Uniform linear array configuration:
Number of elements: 48
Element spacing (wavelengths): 0.25
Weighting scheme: exponential
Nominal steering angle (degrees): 60
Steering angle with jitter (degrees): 61.05
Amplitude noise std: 0.05
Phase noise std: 0.05

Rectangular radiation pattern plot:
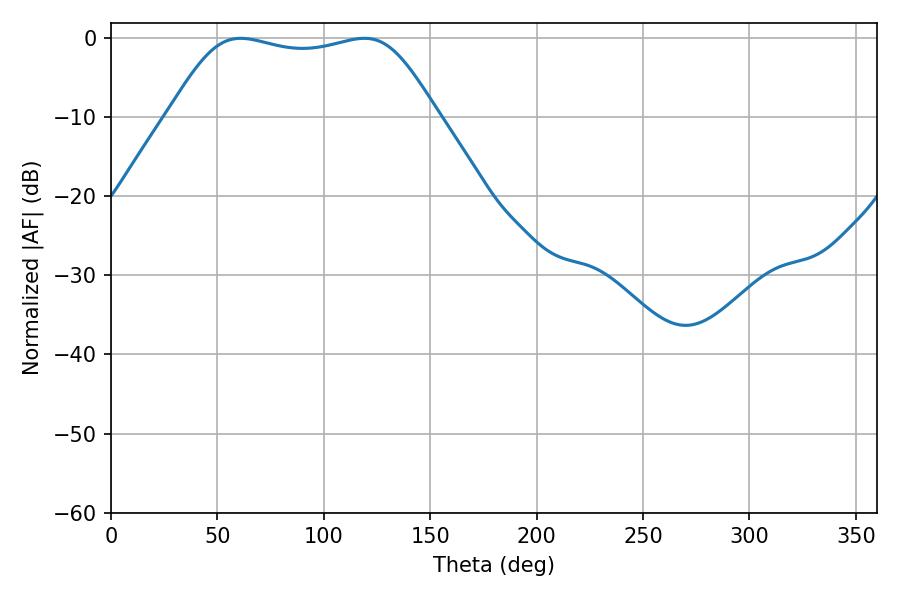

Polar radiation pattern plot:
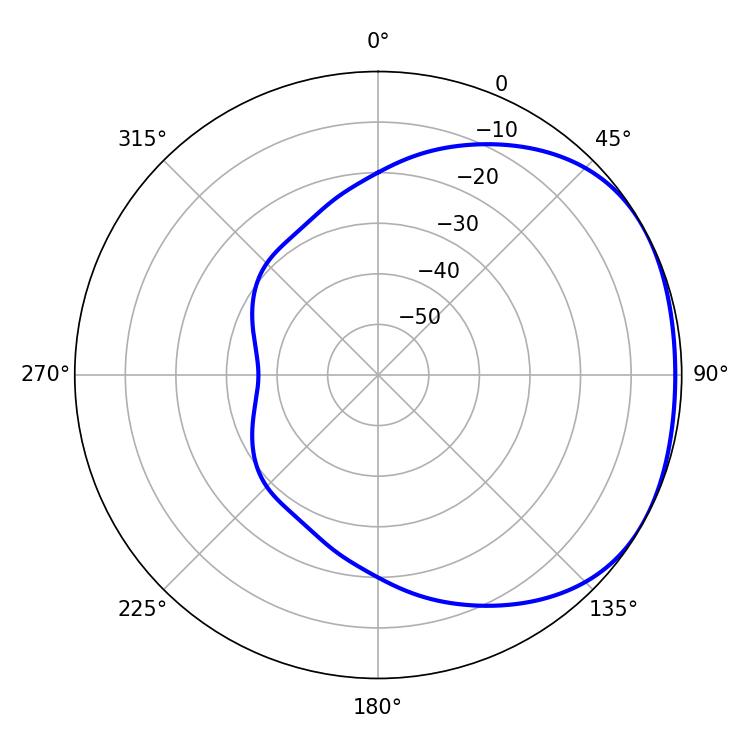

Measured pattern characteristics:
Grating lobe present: FALSE
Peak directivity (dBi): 1.69
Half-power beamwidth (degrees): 95.76
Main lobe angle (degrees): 61.02